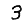
Digit: 3